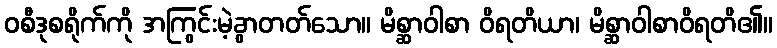
ဝစီဒုစရိုက်ကို အကြွင်းမဲ့ခွာတတ်သော။ မိစ္ဆာဝါစာ ဝိရတိယာ၊ မိစ္ဆာဝါစာဝိရတိ၏။